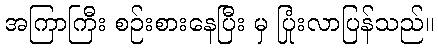
အကြာကြီး စဉ်းစားနေပြီး မှ ပြုံးလာပြန်သည်။